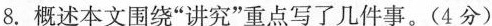
8.概述本文围绕“讲究”重点写了几件事。(4 分)